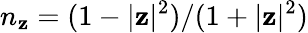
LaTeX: n_{\mathbf{z}}=(1-|\mathbf{z}|^{2})/(1+|\mathbf{z}|^{2})